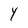
Character: Y